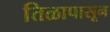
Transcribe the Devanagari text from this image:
तिळापासून